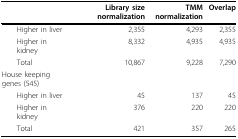
|  | Library size normalization | TMM normalization | Overlap |
 | --- | --- | --- | --- |
 | Higher in liver | 2,355 | 4,293 | 2,355 |
 | Higher in kidney | 8,332 | 4,935 | 4,935 |
 | Total | 10,867 | 9,228 | 7,290 |
 | House keeping genes (545) |  |  |  |
 | Higher in liver | 45 | 137 | 45 |
 | Higher in kidney | 376 | 220 | 220 |
 | Total | 421 | 357 | 265 |